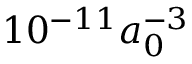
1 0 ^ { - 1 1 } a _ { 0 } ^ { - 3 }